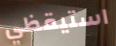
استيقظي